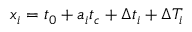
x _ { i } = t _ { 0 } + a _ { i } t _ { c } + \Delta t _ { i } + \Delta T _ { i }